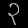
Digit: ၃